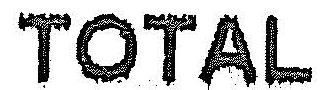
TOTAL